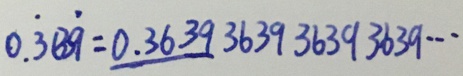
0 . \dot { 3 } 3 \dot { 9 } = 0 . 3 6 3 9 3 6 3 9 3 6 3 9 3 6 3 9 \cdots